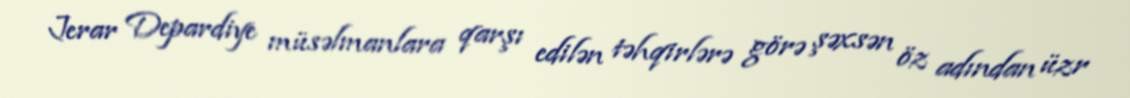
Jerar Depardiye müsəlmanlara qarşı edilən təhqirlərə görə şəxsən öz adından üzr